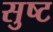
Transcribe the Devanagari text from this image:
सुष्ट